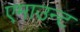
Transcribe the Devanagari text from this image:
एमाउन्ट